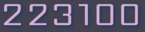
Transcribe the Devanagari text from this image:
२२३१००